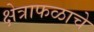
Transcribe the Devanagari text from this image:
क्षेत्राफळाचे